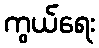
ကွယ်ရေး